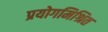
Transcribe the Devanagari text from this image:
प्रयोगमिश्रित